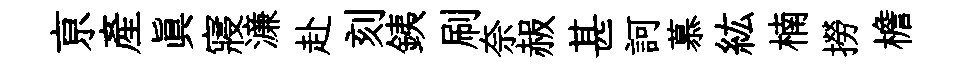
亰産眞寢濓赴刻銕刷奈赧甚訶慕紘楠撈檐